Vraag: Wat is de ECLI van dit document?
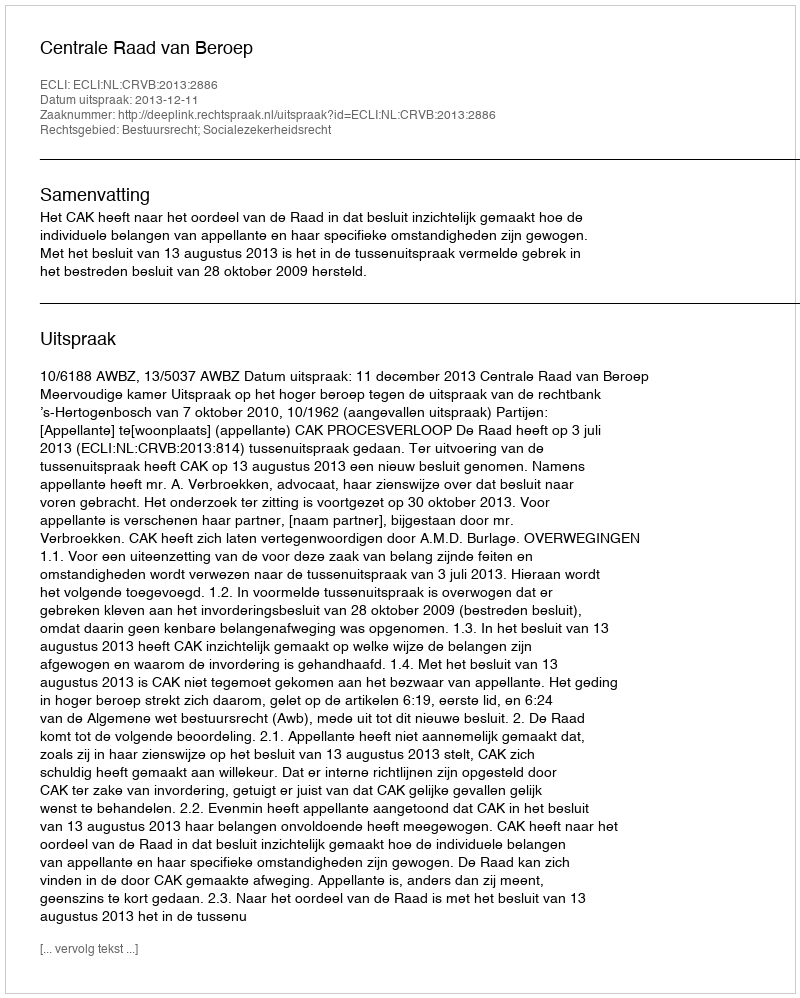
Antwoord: ECLI:NL:CRVB:2013:2886